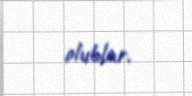
olublar.